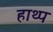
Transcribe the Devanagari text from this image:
हाथ्प